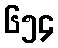
၆၅၄